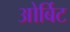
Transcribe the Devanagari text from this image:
ओर्बिट